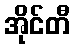
အိုင်တီ